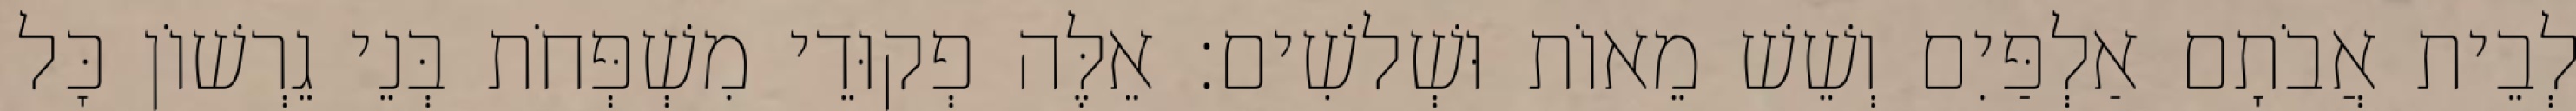
לְבֵית אֲבֹתָם אַלְפַּיִם וְשֵׁשׁ מֵאוֹת וּשְׁלשִׁים׃ אֵלֶּה פְקוּדֵי מִשְׁפְּחֹת בְּנֵי גֵרְשׁוֹן כָּל